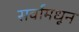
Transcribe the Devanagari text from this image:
सर्वांमधून